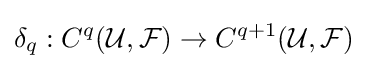
\delta _{q}:C^{q}({\mathcal {U}},{\mathcal {F}})\to C^{q+1}({\mathcal {U}},{\mathcal {F}})